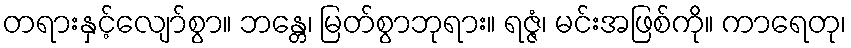
တရားနှင့်လျော်စွာ။ ဘန္တေ၊ မြတ်စွာဘုရား။ ရဇ္ဇံ၊ မင်းအဖြစ်ကို။ ကာရေတု၊